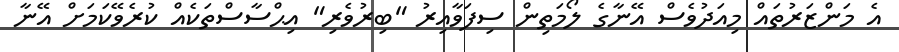
އެ މަންޒަރުތައް މިއަދުވެސް އޭނާގެ ލޯމަތިން ސިފަވާއިރު "ބިރުވެރި" އިޙްސާސްތަކެއް ކުރެވޭކަމަށް އޭނާ